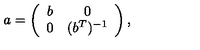
a = \left( \begin{array} { c c } { b } & { 0 } \\ { 0 } & { ( b ^ { T } ) ^ { - 1 } } \\ \end{array} \right) ,